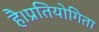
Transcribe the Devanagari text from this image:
है।प्रतियोगिता